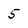
Character: 5